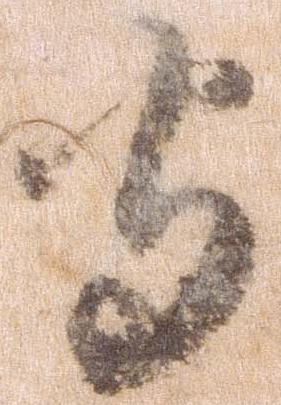
守